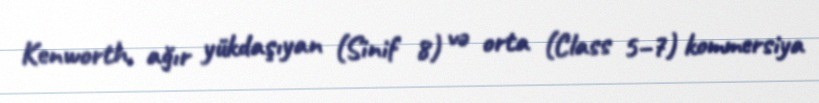
Kenworth, ağır yükdaşıyan (Sinif 8) və orta (Class 5–7) kommersiya